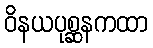
ဝိနယပုစ္ဆနကထာ